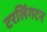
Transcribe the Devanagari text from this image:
टरलिंगटन